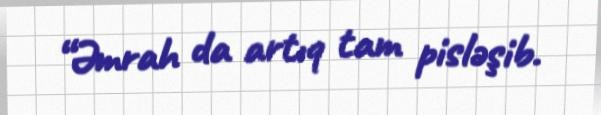
“Əmrah da artıq tam pisləşib.